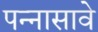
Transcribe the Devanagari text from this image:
पन्नासावे